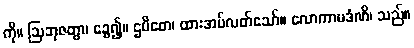
ကို။ ဩဘုဇတွာ၊ ခွေ၍။ ဌပိတေ၊ ထားအပ်လတ်သော်။ လောကာမဒံဏိ၊ သည်။